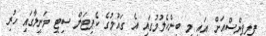
ފިލިޕިންސްއަށް އައި މި ބިންހެލުމުގައި އެ ގައުމުގެ ކެޕިޓަލް ސިޓީ މަނީލާގައި ހުރި